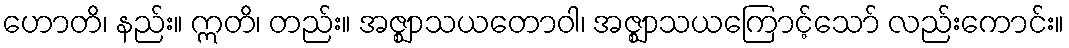
ဟောတိ၊ နည်း။ ဣတိ၊ တည်း။ အဇ္ဈာသယတောဝါ၊ အဇ္ဈာသယကြောင့်သော် လည်းကောင်း။